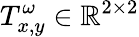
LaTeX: T_{x,y}^{\omega}\in\mathbb{R}^{2\times 2}